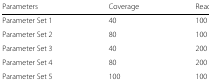
<table><thead><tr><td><b>Parameters</b></td><td><b>Coverage</b></td><td><b>Read Length</b></td></tr></thead><tbody><tr><td>Parameter Set 1</td><td>40</td><td>100</td></tr><tr><td>Parameter Set 2</td><td>80</td><td>100</td></tr><tr><td>Parameter Set 3</td><td>40</td><td>200</td></tr><tr><td>Parameter Set 4</td><td>80</td><td>200</td></tr><tr><td>Parameter Set 5</td><td>100</td><td>100</td></tr></tbody></table>